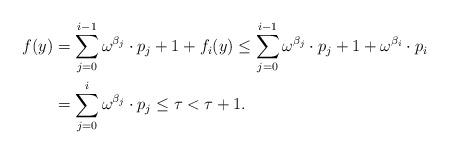
LaTeX: \begin{align*} f(y) & = \sum_{j=0}^{i-1} \omega^{\beta_j} \cdot p_j + 1 + f_i(y) \le \sum_{j=0}^{i-1} \omega^{\beta_j} \cdot p_j + 1 + \omega^{\beta_i} \cdot p_i \\ & = \sum_{j=0}^{i} \omega^{\beta_j} \cdot p_j \le \tau < \tau +1.\end{align*}